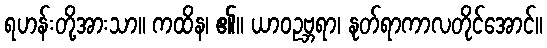
ရဟန်းတို့အားသာ။ ကထိန၊ ၏။ ယာဝဥဗ္ဘရာ၊ နုတ်ရာကာလတိုင်အောင်။